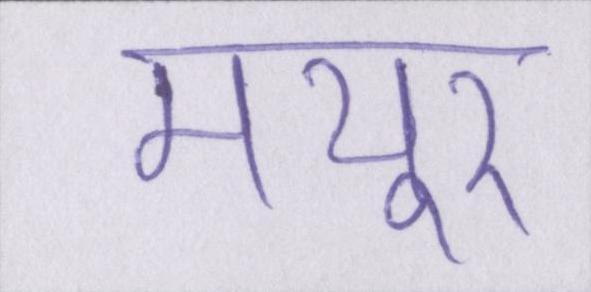
मयूर